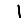
Digit: 1